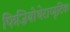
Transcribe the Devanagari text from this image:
फिज़ियोथेराप्यूटिक